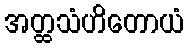
အတ္ထသံဟိတောယံ